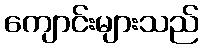
ကျောင်းများသည်